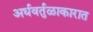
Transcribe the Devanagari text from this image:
अर्धवर्तुळाकारात